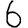
Digit: 6